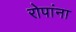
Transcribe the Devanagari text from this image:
रोपांना